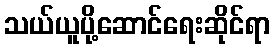
သယ်ယူပို့ဆောင်ရေးဆိုင်ရာ